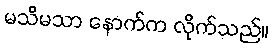
မသိမသာ နောက်က လိုက်သည်။